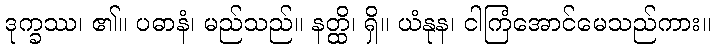
ဒုက္ခဿ၊ ၏။ ပဓာနံ၊ မည်သည်။ နတ္ထိ၊ ရှိ။ ယံနုန၊ ငါကြံအောင်မေသည်ကား။